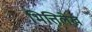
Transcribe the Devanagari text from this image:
भित्तिलेख